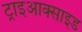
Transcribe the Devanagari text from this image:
ट्राइआक्साइड